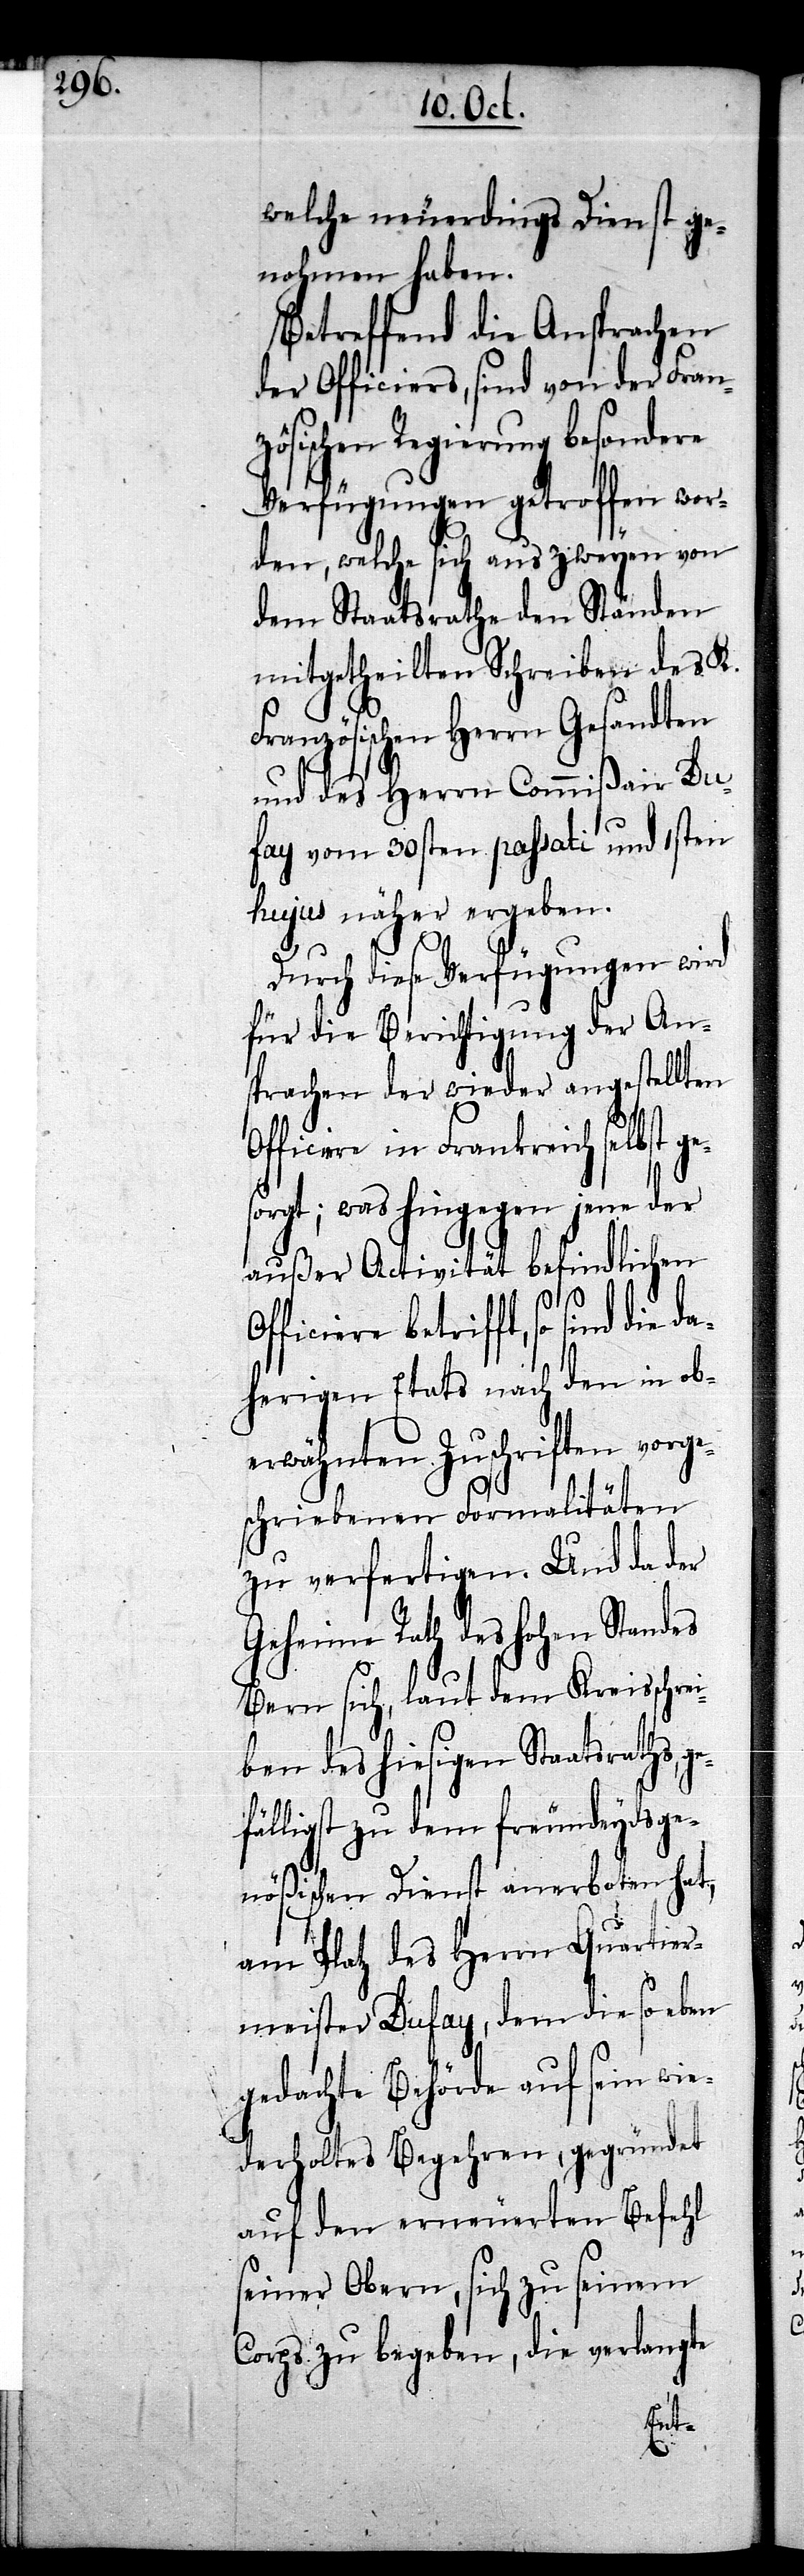
welche neuerdings Dienst ge¬
nohmen haben.
Betreffend die Ansprachen
der Officiers, sind von der Franz¬
ösischen Regierung besondere
Verfügungen getroffen wor¬
den, welche sich aus zweyen von
dem Staatsrathe den Ständen
mitgetheilten Schreiben des K.
Französischen Herrn Gesandten
und des Herrn Commißair Du¬
fay vom 30sten passati und 1sten
hujus näher ergeben.
Durch diese Verfügungen wird
für die Berichtigung der An¬
sprachen der wieder angestellten
ficiere in Frankreich selbst g¬
orgt; was hingegen jene der
außer Activität befindlichen
Officiere betrifft, so sind die
daherigen Etats nach den in ob¬
erwähnten Zuschriften vorg¬
eschriebenen Formalitäten
zu verfertigen. Und da der
Geheime Rath des hohen Standes
Bern sich, laut dem Kreisschrei¬
ben des hiesigen Staatsraths,
fälligst zu dem freundeydsge¬
nößischen Dienst anerboten hat,
am Platz des Herrn Quartier¬
meister Dufay, dem die so eben
gedachte Behörde auf sein wie¬
derholtes Begehren, gegründet
auf den erneuerten Befehl
seiner Obern, sich zu seinem
Corps zu begeben, die verlangte
ge¬